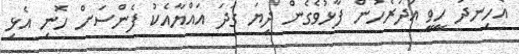
އެހިނދު ހީވީ އުދަރެހުން ފާޅުވެގެން ދިޔަ ގަދަ އައްޔާއެކު ފެންސަށް ހޮނި އެޅި